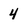
Character: 4